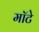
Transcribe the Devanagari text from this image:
मॉटे